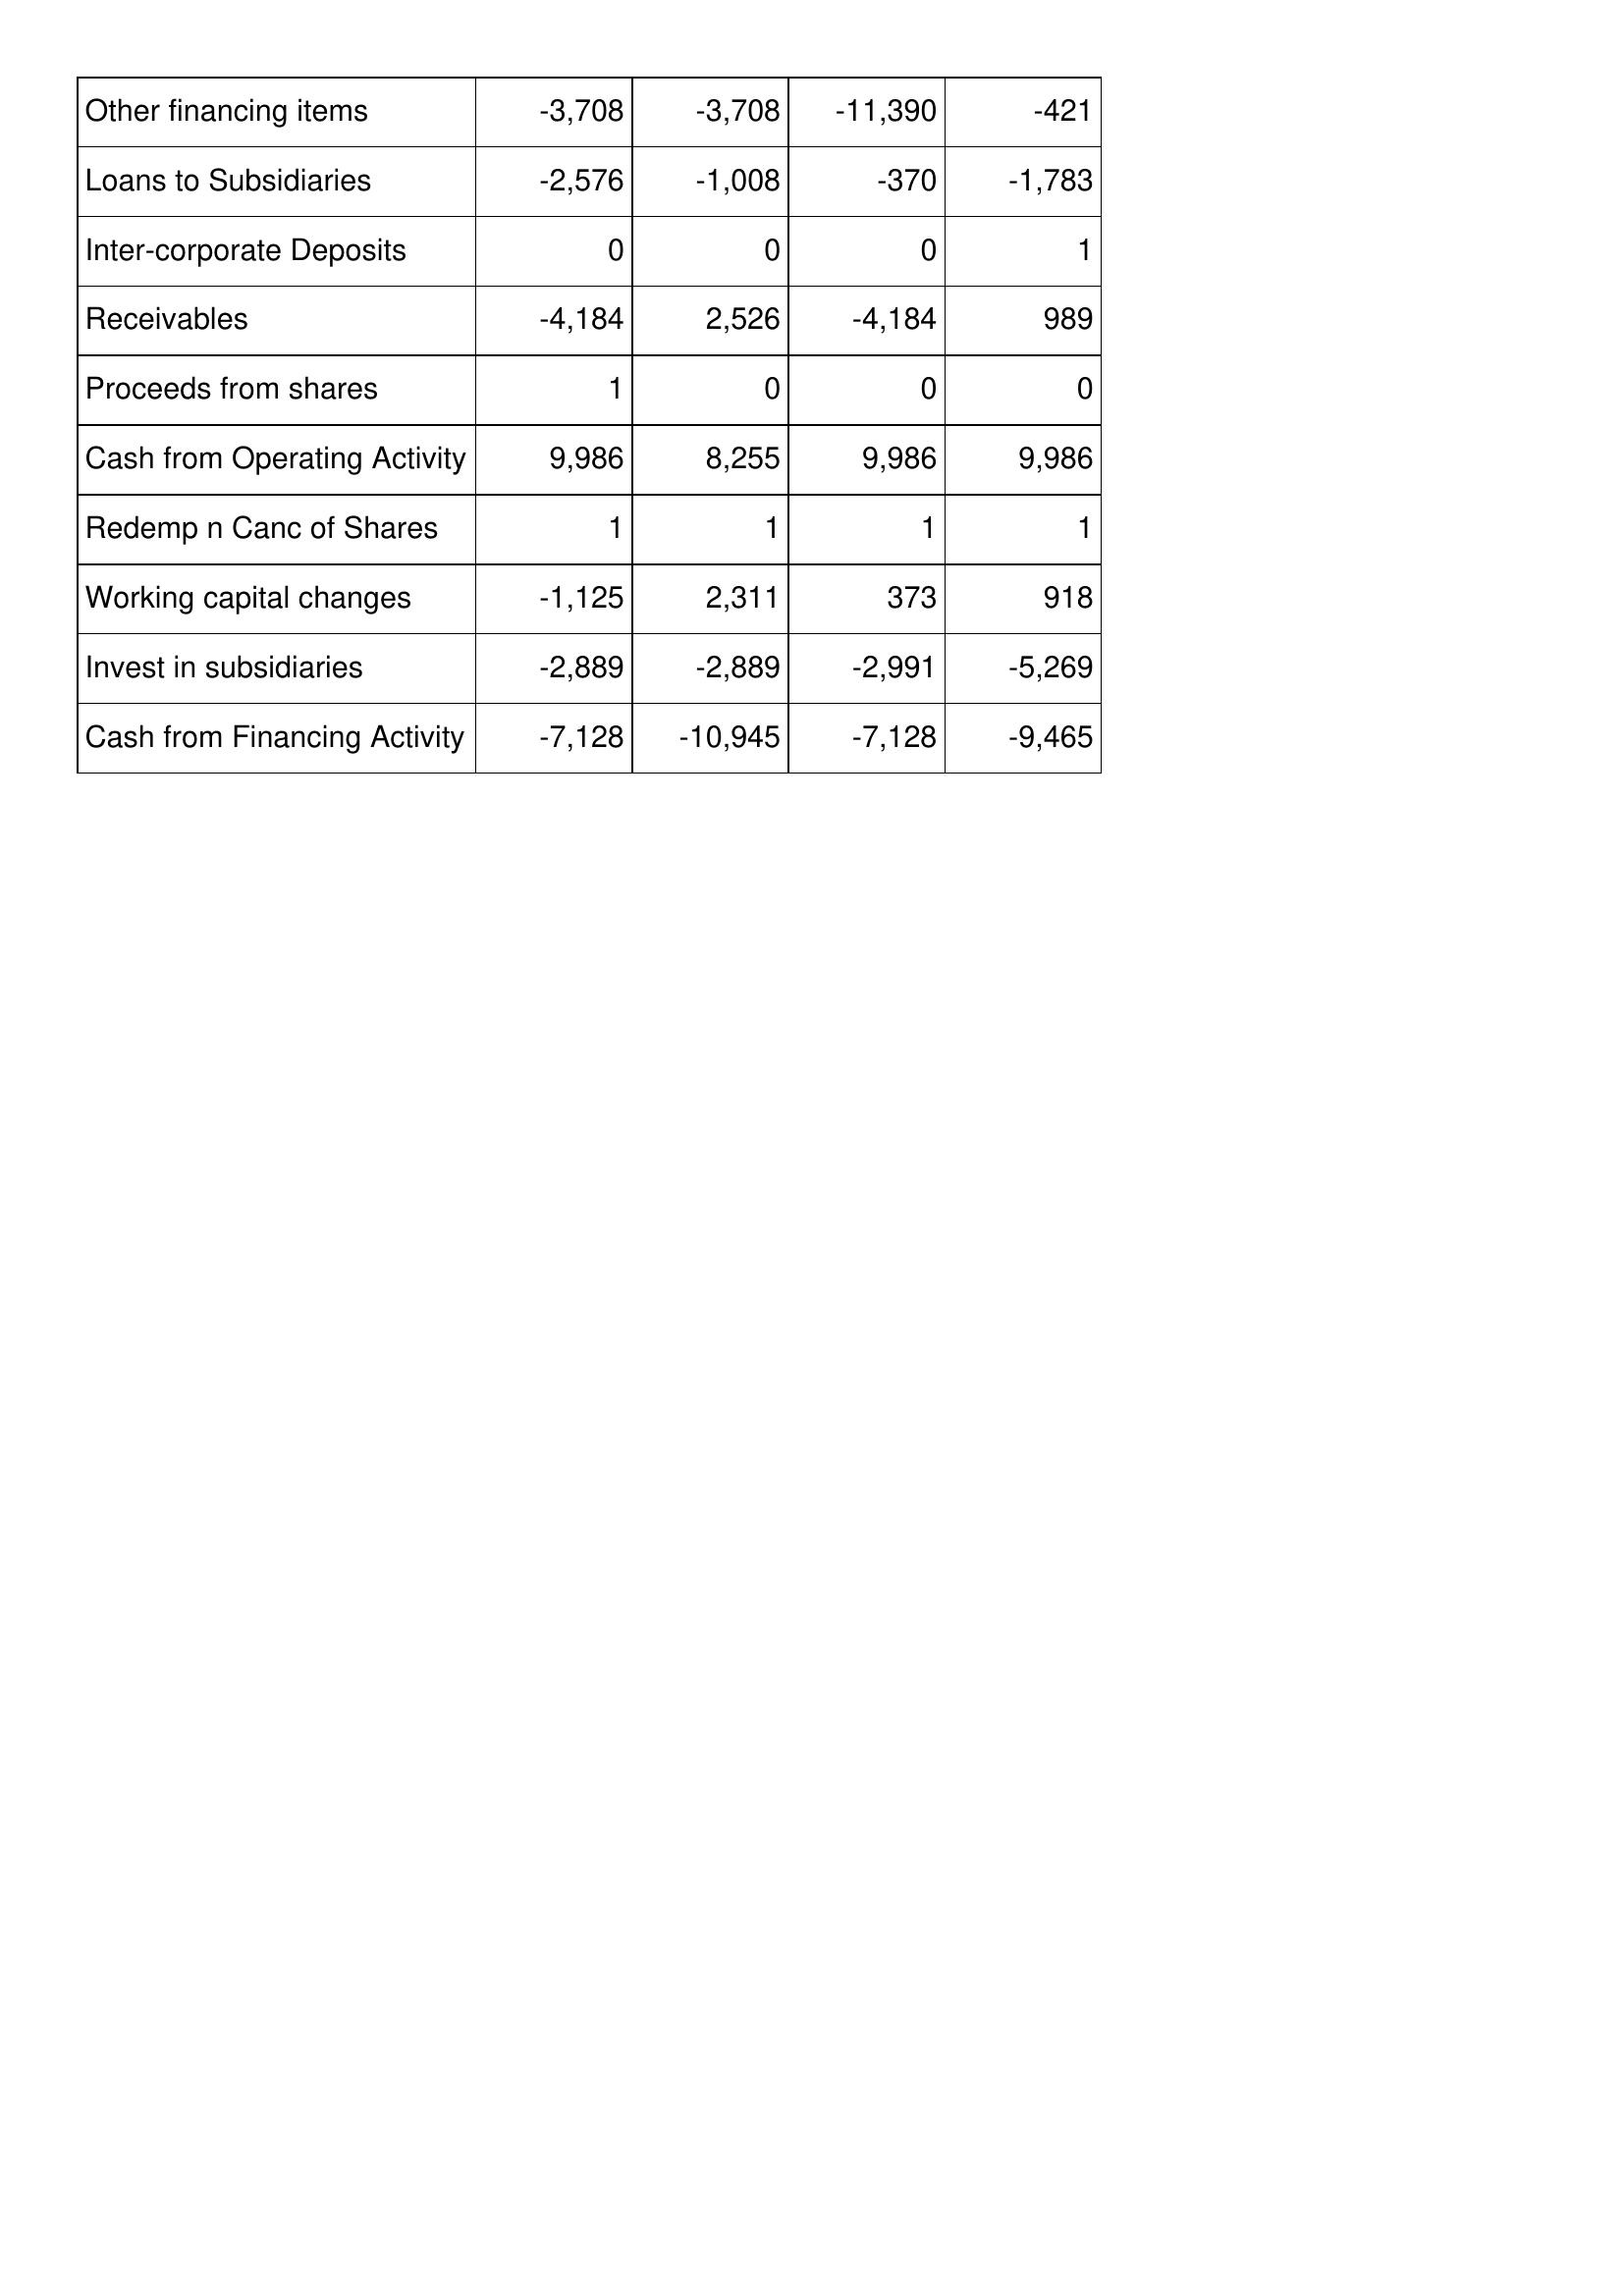
Nov-11: Cash Flows: Other financing items: -3,708
Loans to Subsidiaries: -2,576
Inter-corporate Deposits: 0
Receivables: -4,184
Proceeds from shares: 1
Cash from Operating Activity: 9,986
Redemp n Canc of Shares: 1
Working capital changes: -1,125
Invest in subsidiaries: -2,889
Cash from Financing Activity: -7,128
Nov-12: Cash Flows: Other financing items: -3,708
Loans to Subsidiaries: -1,008
Inter-corporate Deposits: 0
Receivables: 2,526
Proceeds from shares: 0
Cash from Operating Activity: 8,255
Redemp n Canc of Shares: 1
Working capital changes: 2,311
Invest in subsidiaries: -2,889
Cash from Financing Activity: -10,945
Nov-13: Cash Flows: Other financing items: -11,390
Loans to Subsidiaries: -370
Inter-corporate Deposits: 0
Receivables: -4,184
Proceeds from shares: 0
Cash from Operating Activity: 9,986
Redemp n Canc of Shares: 1
Working capital changes: 373
Invest in subsidiaries: -2,991
Cash from Financing Activity: -7,128
Nov-14: Cash Flows: Other financing items: -421
Loans to Subsidiaries: -1,783
Inter-corporate Deposits: 1
Receivables: 989
Proceeds from shares: 0
Cash from Operating Activity: 9,986
Redemp n Canc of Shares: 1
Working capital changes: 918
Invest in subsidiaries: -5,269
Cash from Financing Activity: -9,465